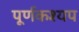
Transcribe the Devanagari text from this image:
पूर्णकश्यप